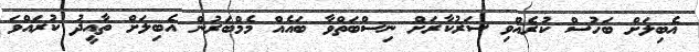
އެބިލަށް ބަހުސް ކުރެއްވި ސަރުކާރަށް ނިސްބަތްވާ ބައެއް މެމްބަރުން އެބިލަށް ތާއީދު ކުރައްވަ